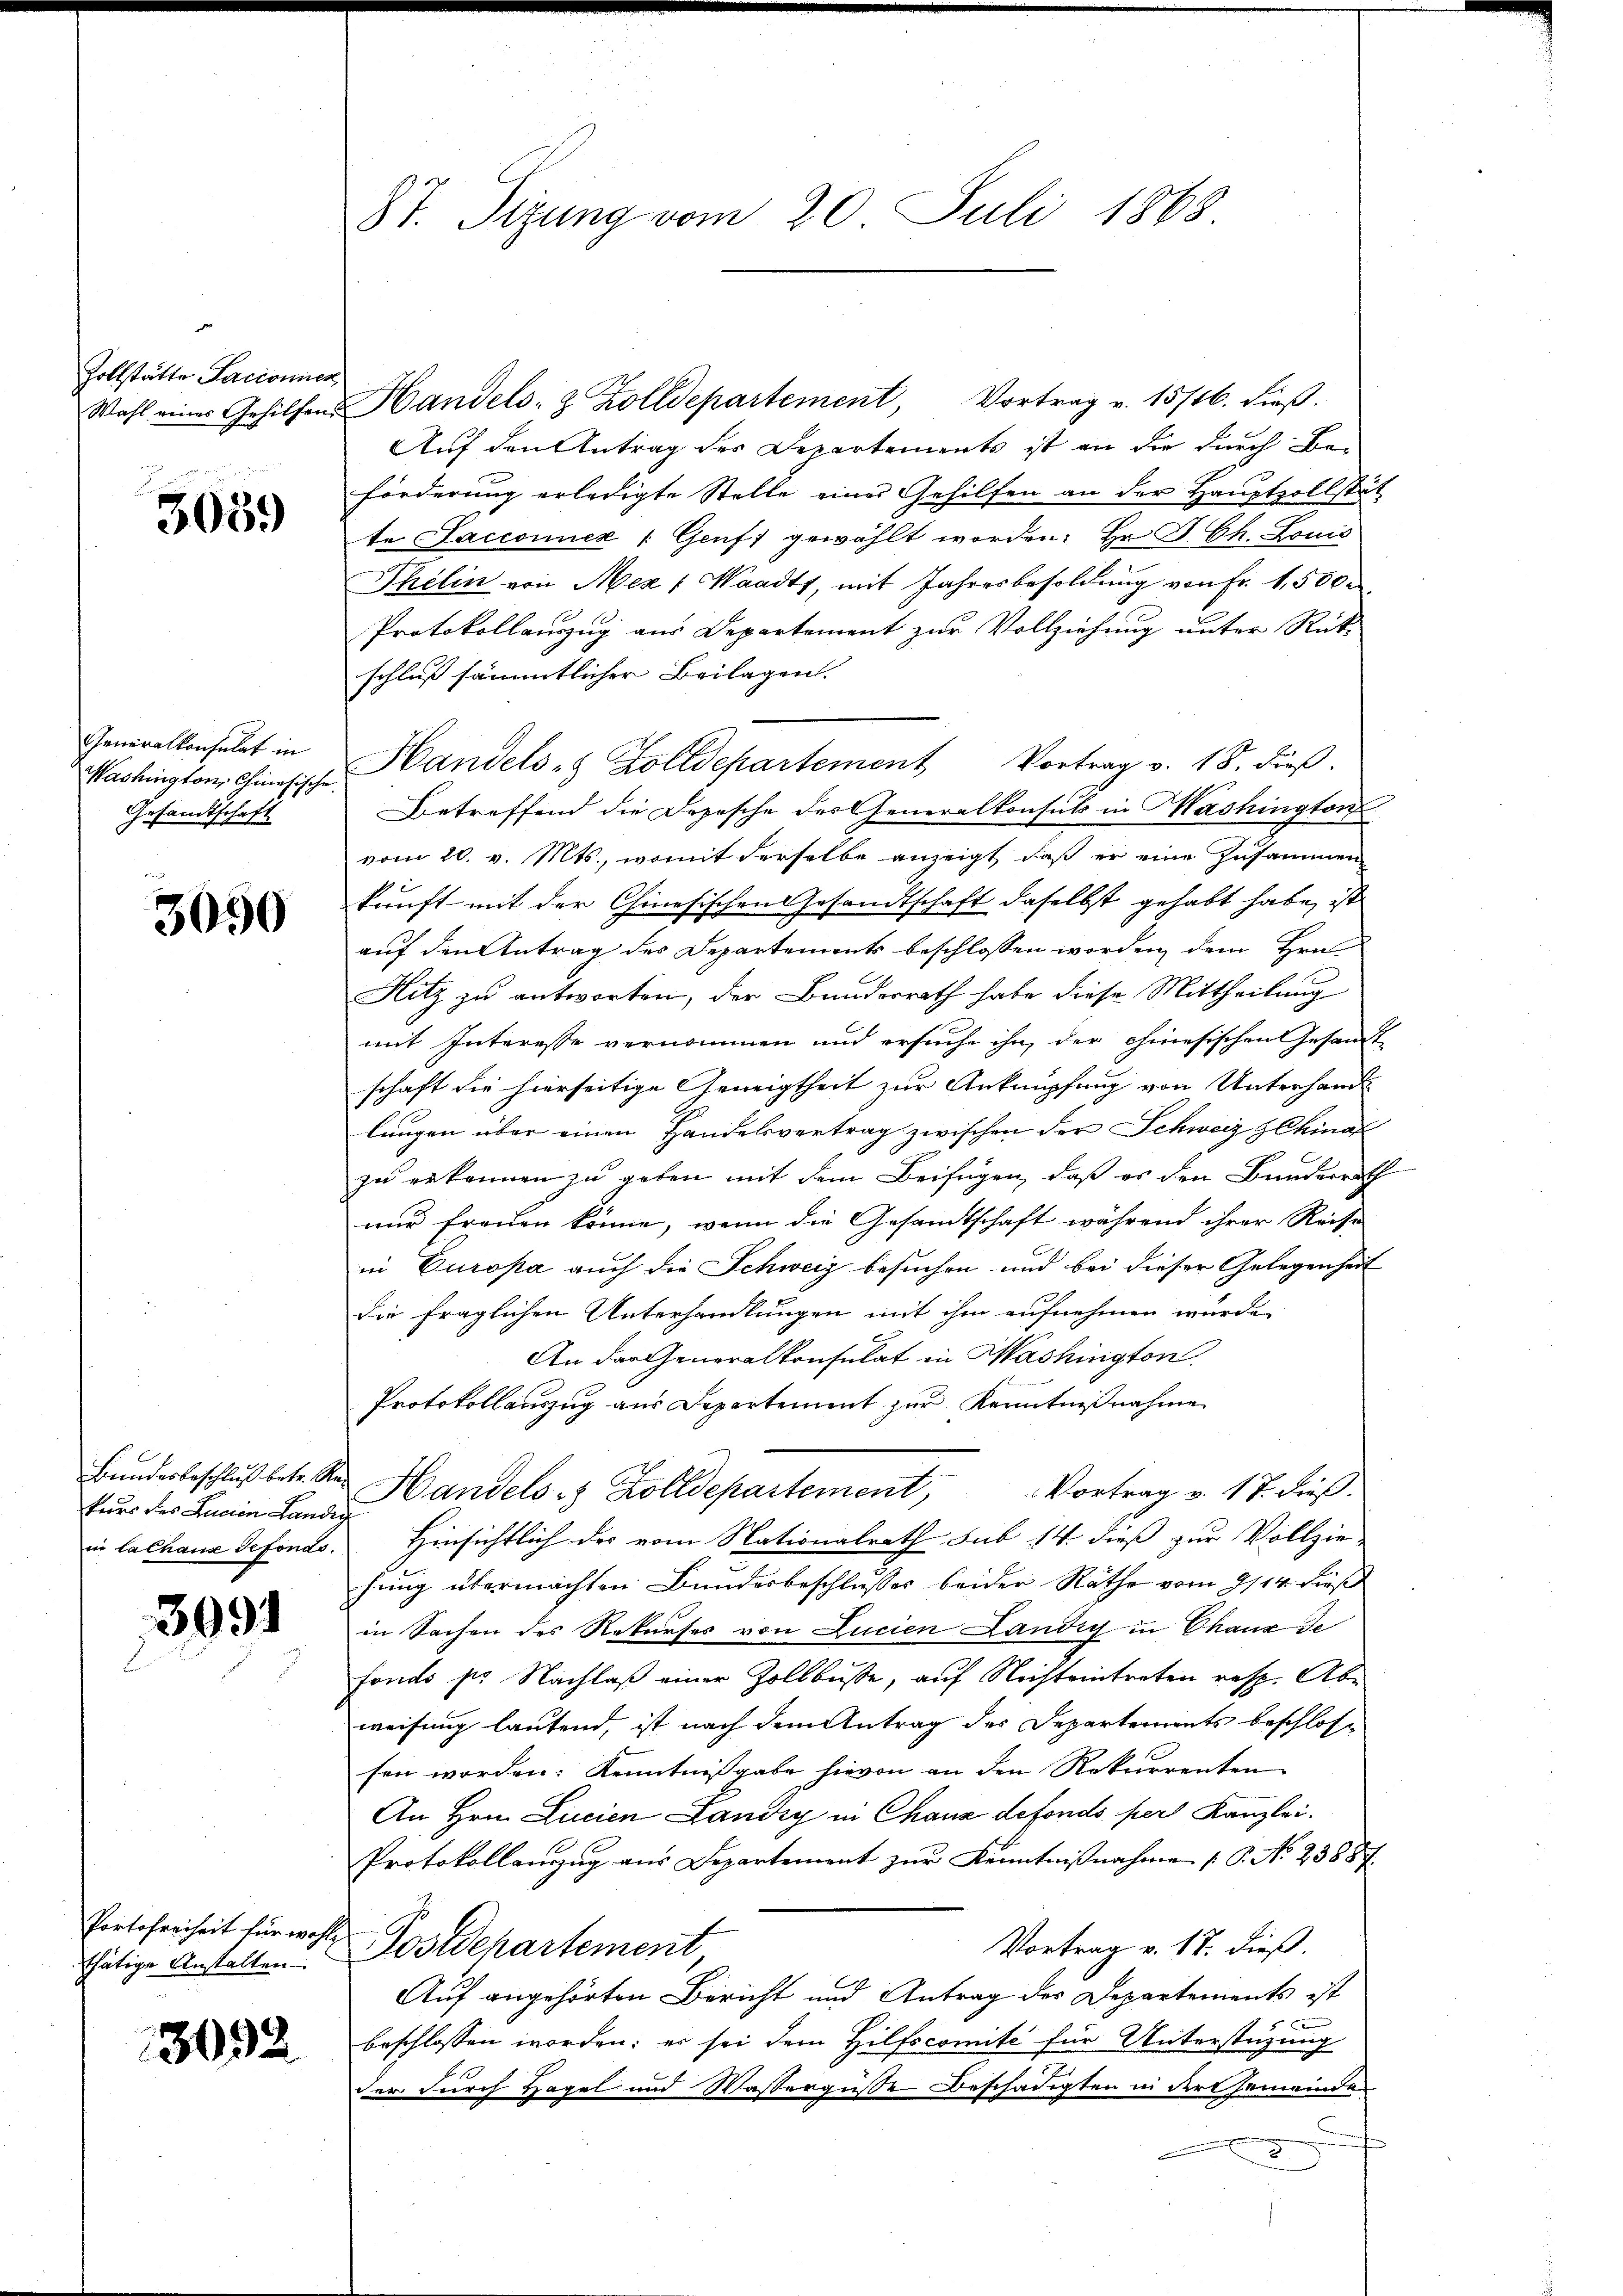
Zollstätte Sacionier
Wahl eines Gehilfen

3059

Generalkonsulat in
Washington, Chinösische
Gesandtschaft

3090

Bundesbeschluß betr. Re
kurs des Lucian Lande
in lalhaus defonds.

3091

Portofreiheit für wohl
thätige Anstalten

3092

87. Sizung vom 20. Juli 1868

Handels- & Zolldepartement, Vortrag v. 15716. dieβ.
Auf den Antrag der Departements ist an die durch Be-
förderung erledigte Stelle einer Gehilfen an der Hauptzollstät
te Saccoriéz (Genf, gewählt worden. Hr. P. Ch. Louis
Thelin von Mez (Waadt, mit Jahresbesoldŭng von Fr. 1,500.
Protokollauszug aus Departement zur Vollziehung unter Rück-
schluß sämmtlicher Beilagen.
Handels- & Zolldepartement Vortrag v. 18. dieβ.
Betreffend die Depesche des Generalkonsuls in Washington
vom 20. v. Mts., womit derselbe anzeigt, daß er eine Zusammen
kunft mit der Chinesischen Gesandtschaft daselbst gehabt habe, ist
auf den Antrag des Departements beschlossen worden, dem Hrn.
Hitz zu antworten, der Bunderrath habe diese Mittheilung
mit Interesse vernommen und ersuche ihn der chinesischen Gesandt
schaft die hierseitige Geneigtheit zur Anknüpfung von Unterhand
lungen über einen Handelsvertrag zwischen der Schweiz zChina
zu erkennen zu geben mit dem Beifügen, daß es den Bunderrath
nur freuen könne, wenn die Gesandtschaft während ihrer Reise
in Europa auch die Schweiz besuchen und bei dieser Gelegenheit
die fraglichen Unterhandlungen mit ihm aufnehmen wurde,
An der Generalkonsulat in Washington
Protokollauszug aus Departement zur Kenntnißnahme
Handels- & Zolldepartement, Vortrag v. 17. dieβ.
Hinsichtlich der vom Nationalrath sub 14. dieß zur Vollzie-
hung übermachten Bundesbeschlusses beider Räthe vom 9/14. dieß
in Sachen des Rekurses von Lucien Landig in Chaux de
fonds pr. Nachlaß einer Zollbusse, auf Nichteintreten resp. Abe
weisung lautend, ist nach dem Antrag des Departements beschlos-
sen worden. Kenntnißgabe hievon an den Rekurrenten
An Hrn. Linien Landig in Chaux defondo per Kanzlei.
Protokollanzzug aus Departement zur Kenntnißnahme P. No 23887.
Vortrag v. 17. dieß.
Postdepartement
Auf angehörten Bericht und Antrag des Departements ist
 x
beschlossen worden; er sei dem Hilfscomite für Unterstüzung
der durch Hagel und Wassergüße Beschädigten in der Gemeinde